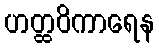
ဟတ္ထဝိကာရေန